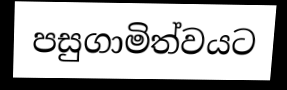
පසුගාමිත්වයට